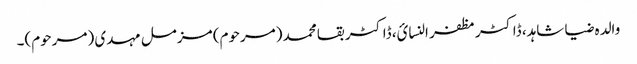
والدہ ضیا شاہد، ڈاکٹر مظفر النسائ، ڈاکٹر بقا محمد (مرحوم) مزمل مہدی (مرحوم)۔